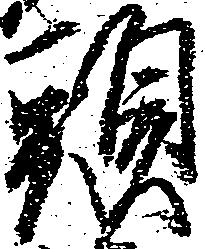
頭